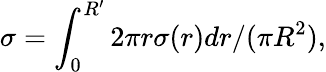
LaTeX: \sigma=\int_{0}^{R^{\prime}}2\pi r\sigma(r)dr/(\pi R^{2}),